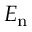
E _ { \mathrm { n } }